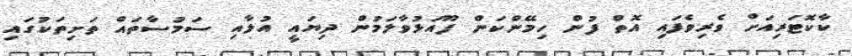
ކާކޮޓަރިއަށް ވެރިވެފައި އޮތް ފުން ހިމޭންކަން ފޫއަޅުވާލަމުން ދިޔައީ އުލާއި ސަމުސާތައް ތަށިތަކުގައި